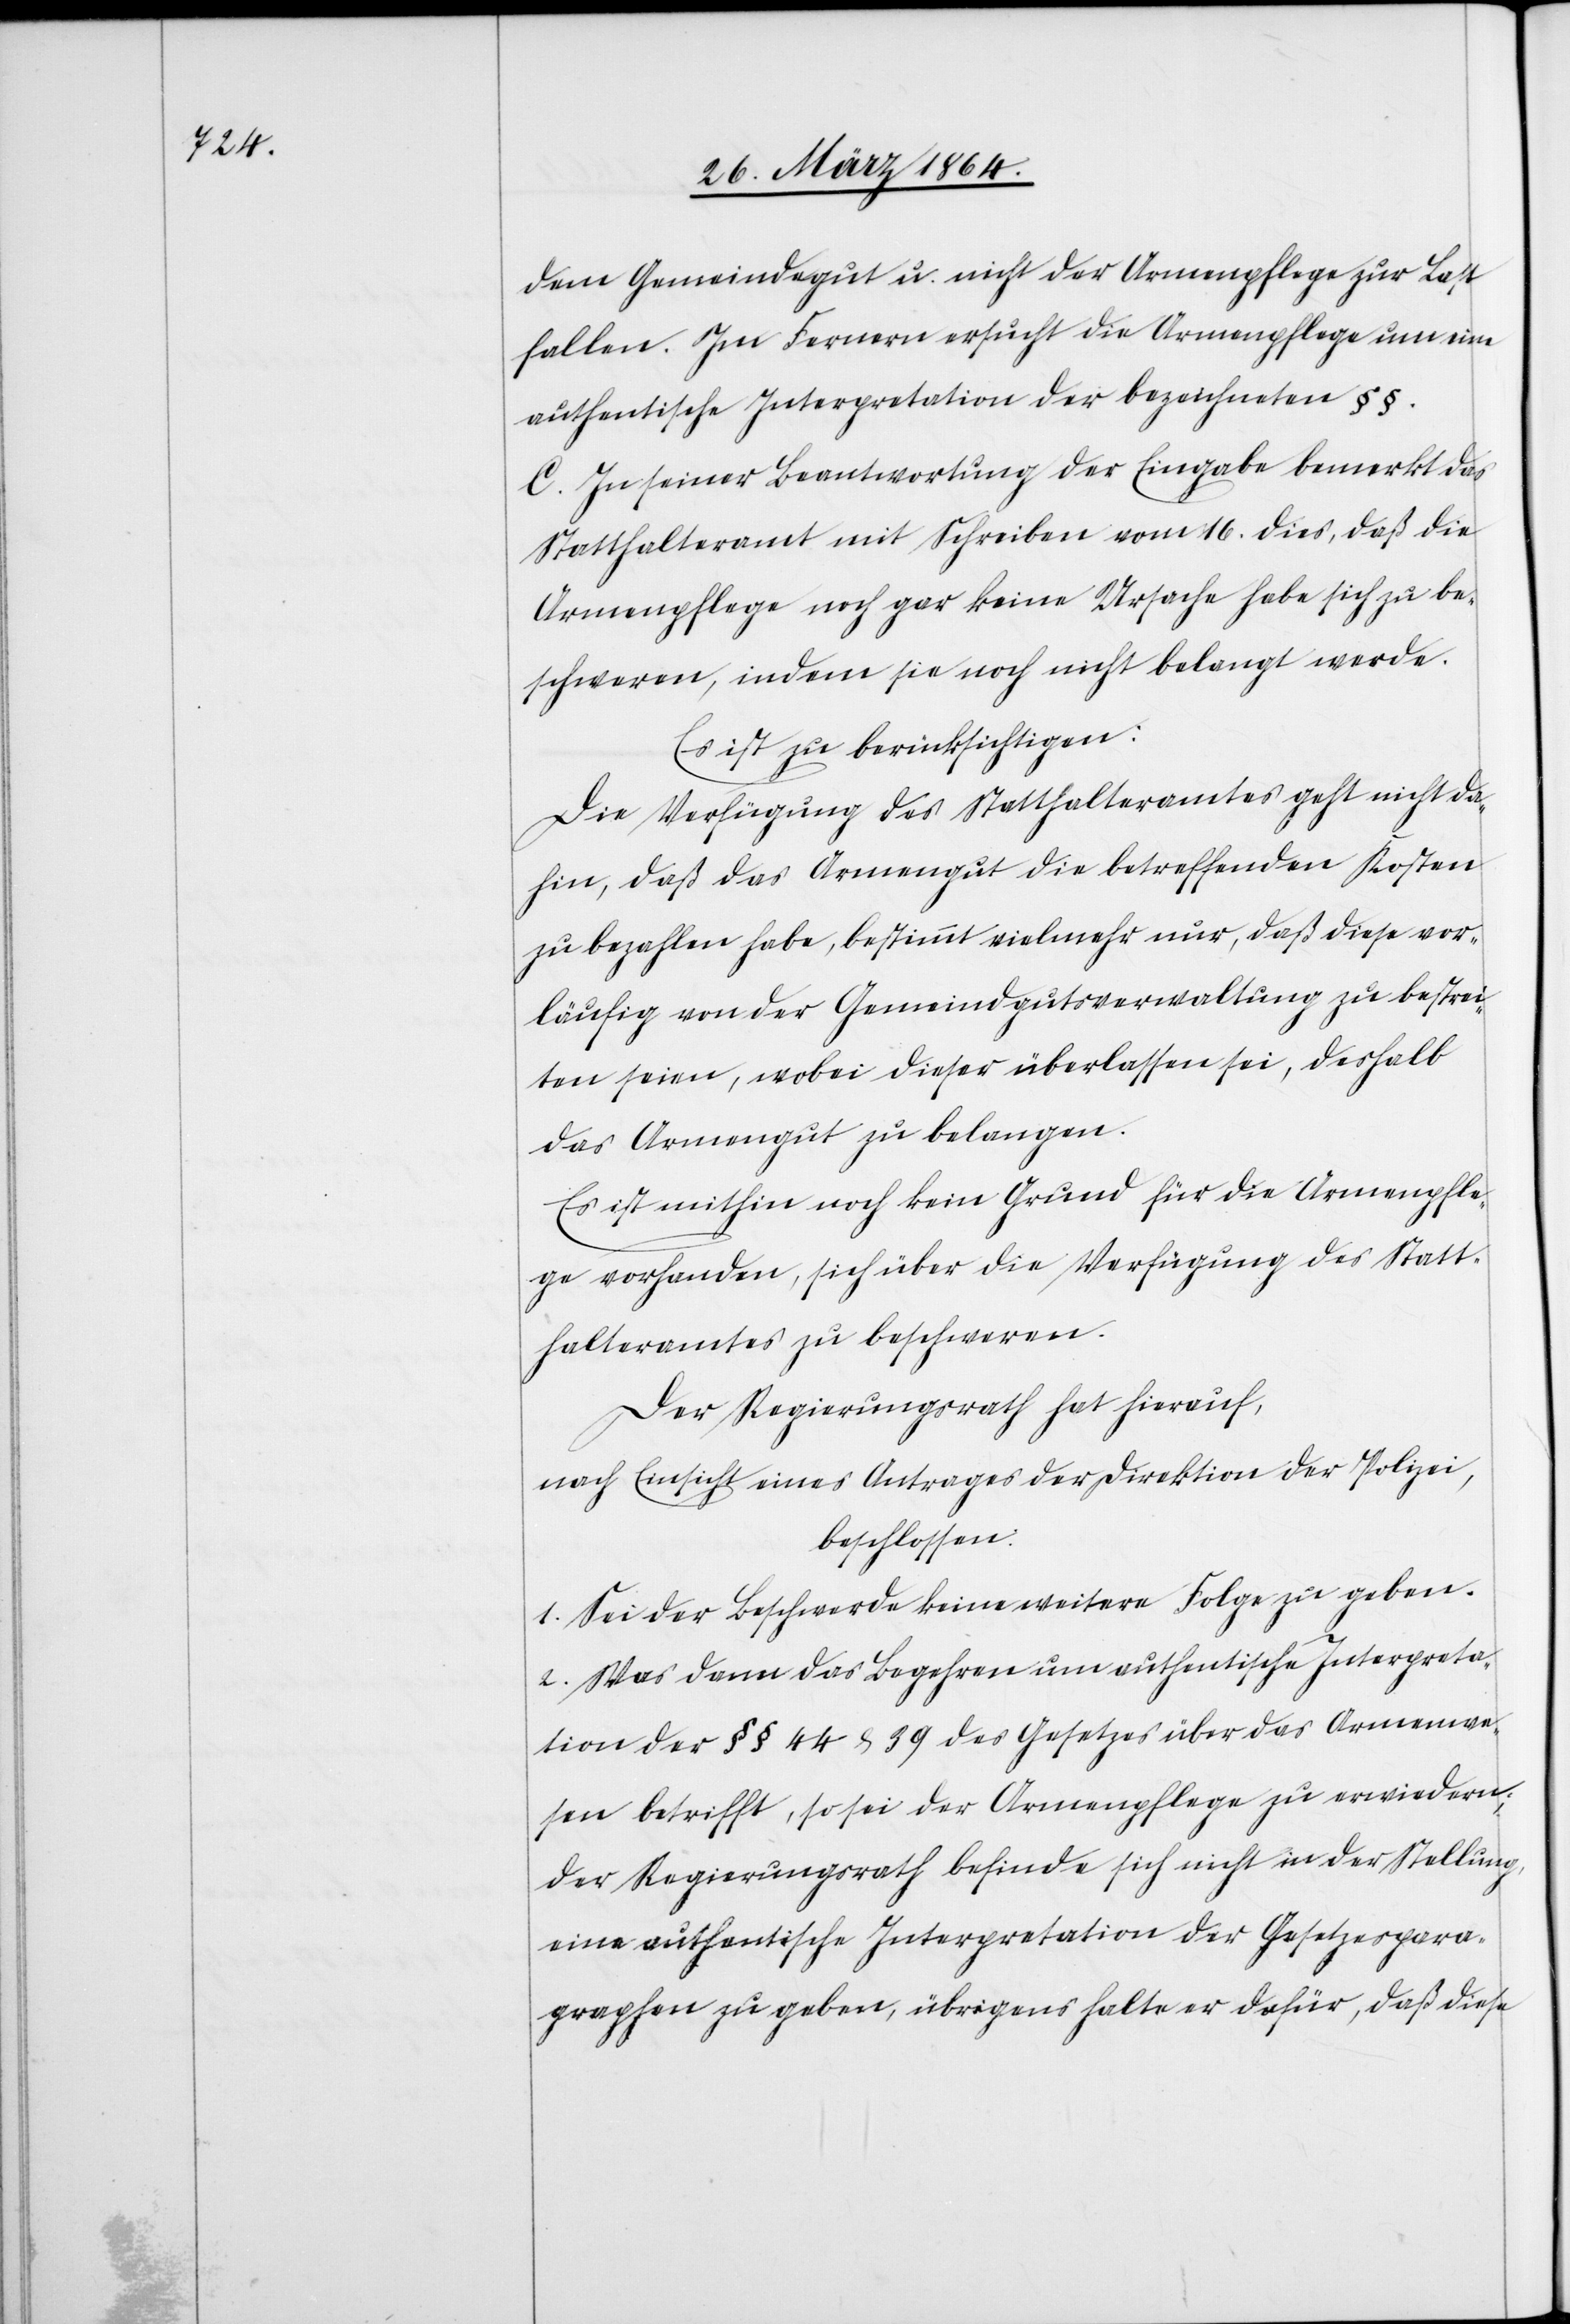
dem Gemeindegut u. nicht der Armenpflege zur Last
fallen. Im Fernern ersucht die Armenpflege um eine
authentische Interpretation der bezeichneten §§.
C. In seiner Beantwortung der Eingabe bemerkt das
Statthalteramt mit Schreiben vom 16. dies, daß die
Armenpflege noch gar keine Ursache habe sich zu be¬
schweren, indem sie noch nicht belangt werde.
Es ist zu berücksichtigen:
Die Verfügung des Statthalteramtes geht nicht da¬
hin, daß das Armengut die betreffenden Kosten
zu bezahlen habe, bestimmt vielmehr nur, daß diese vor¬
läufig von der Gemeindgutsverwaltung zu bestrei¬
ten seien, wobei dieser überlassen sei, deshalb
das Armengut zu belangen.
Es ist mithin noch kein Grund für die Armenpfle¬
ge vorhanden, sich über die Verfügung des Statt¬
halteramtes zu beschwerden.
Der Regierungsrath hat hierauf,
nach Einsicht eines Antrages der Direktion der Polizei,
beschlossen:
1. Sei der Beschwerde keine weitere Folge zu geben.
2. Was dann das Begehren um authentische Interpreta¬
tion der §§ 44 u. 39 des Gesetzes über das Armenwe¬
sen betrifft, so sei der Armenpflege zu erwiedern,
das Regierungsrath befinde sich nicht in der Stellung,
eine authentische Interpretation der Gesetzespara¬
graphen zu geben, übrigens halte er dafür, daß diese